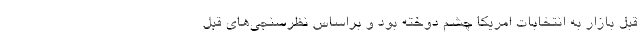
قبل بازار به انتخابات امریکا چشم دوخته بود و براساس نظرسنجی‌های قبل